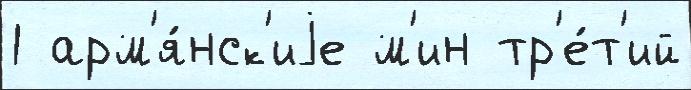
1 арм'я́нск'иjе м'ин тр'е́т'ий